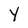
Character: Y